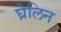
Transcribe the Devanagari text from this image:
घ्रेलिन